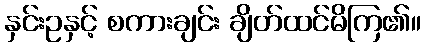
နှင်းဥနှင့် စကားချင်း ချိတ်ထင်မိကြ၏။